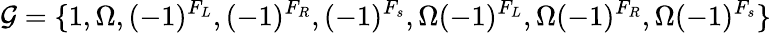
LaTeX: {\cal G}=\{ 1,\Omega,(-1)^{F_{L}},(-1)^{F_{R}},(-1)^{F_{s}},\Omega(-1)^{F_{L}},\Omega(-1)^{F_{R}},\Omega(-1)^{F_{s}}\}